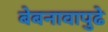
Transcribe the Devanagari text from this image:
बेबनावापुढे